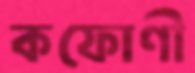
কফোণী